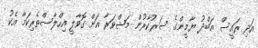
އަދި ރައީސް އަބްދު ޔާމީންގެ ސަރުކާރުން މަޝްވަރާ އަށް ގޮވާލީ އިހްލާސްތެރިކަމާ އެކު